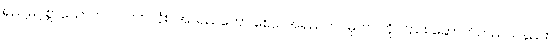
ရှည်မြင့်စွာသောကာလပတ်လုံး။ အာရညကော စေဝ၊ အရညကင်ဓုတင်ကိုလည်း ဆောက်တည်သနည်း။